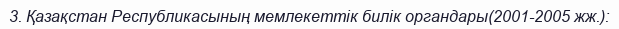
3. Қазақстан Республикасының мемлекеттік билік органдары(2001-2005 жж.):